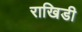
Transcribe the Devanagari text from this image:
राखिडी